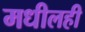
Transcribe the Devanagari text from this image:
मधीलही